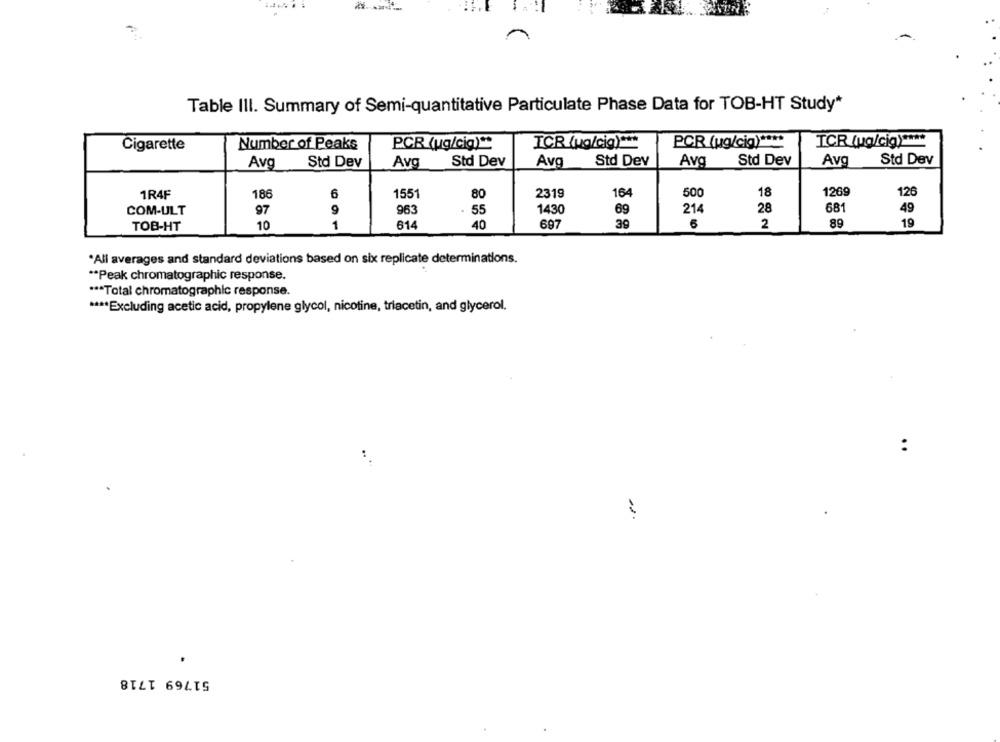
Table III. Summary of Semi-quantitative Particulate Phase Data for TOB-HT Study*
PCR (ug/cig) ****
TCR (ug/cig) ****
Cigarette
Number of Peaks
PCR (ug/cig) **
ICR (ug/cig) ***
Std Dev
Std Dev
Avg
Std Dev
Avg
Std Dev
Avg
Std Dev
Avg
Avg
1R4F
186
1551
2319
164
500
18
1269
126
6
80
681
COM-ULT
97
9
963
55
1430
69
214
28
49
TOB-HT
10
1
614
40
697
39
6
2
89
19
*All averages and standard deviations based on six replicate determinations.
** Peak chromatographic response.
*** Total chromatographic response.
**** Excluding acetic acid, propylene glycol, nicotine, triacetin, and glycerol.
-
51769 1718